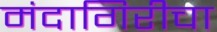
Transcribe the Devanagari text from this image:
मंदागिरीचा